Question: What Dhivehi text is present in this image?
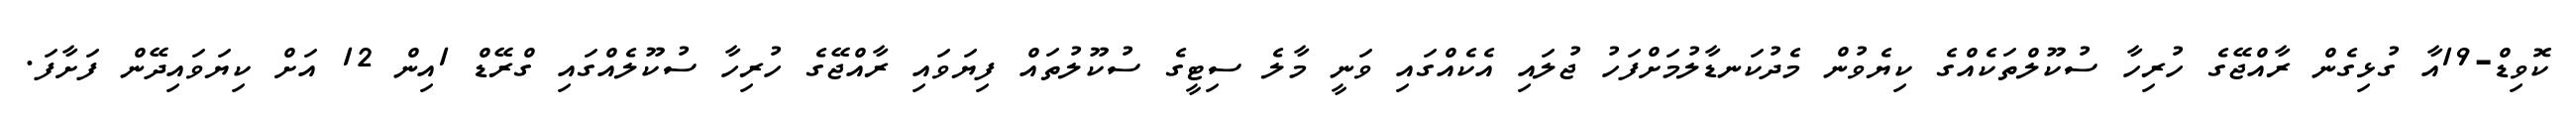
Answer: ކޮވިޑް-19އާ ގުޅިގެން ރާއްޖޭގެ ހުރިހާ ސުކޫލްތަކެއްގެ ކިޔެވުން މެދުކަނޑާލުމަށްފަހު ޖުލައި އެކެއްގައި ވަނީ މާލެ ސިޓީގެ ސުކޫލުތައް ފިޔަވައި ރާއްޖޭގެ ހުރިހާ ސުކޫލެއްގައި ގްރޭޑް 1އިން 12 އަށް ކިޔަވައިދޭން ފަށާފަ.